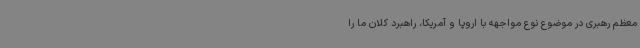
معظم رهبری در موضوع نوع مواجهه با اروپا و آمریکا، راهبرد کلان ما را